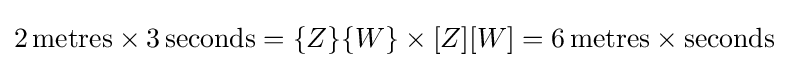
2\,\mathrm {metres} \times 3\,\mathrm {seconds} =\{Z\}\{W\}\times [Z][W]=6\,\mathrm {metres} \times \mathrm {seconds}